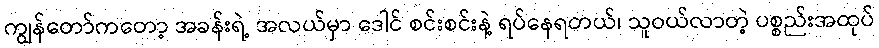
ကျွန်တော်ကတော့ အခန်းရဲ့ အလယ်မှာ ဒေါင် စင်းစင်းနဲ့ ရပ်နေရတယ်၊ သူဝယ်လာတဲ့ ပစ္စည်းအထုပ်